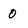
Character: 0